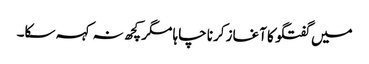
میں گفتگو کا آغاز کرنا چاہا مگر کچھ نہ کہہ سکا۔